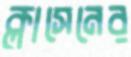
ক্লাসেনের